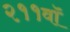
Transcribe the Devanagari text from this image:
२११वॉ